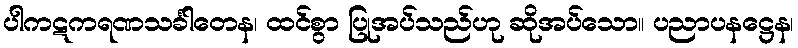
ပါကဋကရဏသင်္ခါတေန၊ ထင်စွာ ပြုအပ်သည်ဟု ဆိုအပ်သော။ ပညာပနဋ္ဌေန၊